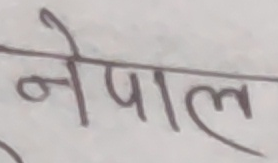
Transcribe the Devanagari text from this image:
नेपाल